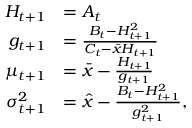
\begin{array} { r l } { H _ { t + 1 } } & { = A _ { t } } \\ { g _ { t + 1 } } & { = \frac { B _ { t } - H _ { t + 1 } ^ { 2 } } { C _ { t } - \bar { x } H _ { t + 1 } } } \\ { \mu _ { t + 1 } } & { = \bar { x } - \frac { H _ { t + 1 } } { g _ { t + 1 } } } \\ { \sigma _ { t + 1 } ^ { 2 } } & { = \hat { x } - \frac { B _ { t } - H _ { t + 1 } ^ { 2 } } { g _ { t + 1 } ^ { 2 } } , } \end{array}